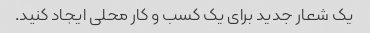
یک شعار جدید برای یک کسب و کار محلی ایجاد کنید.